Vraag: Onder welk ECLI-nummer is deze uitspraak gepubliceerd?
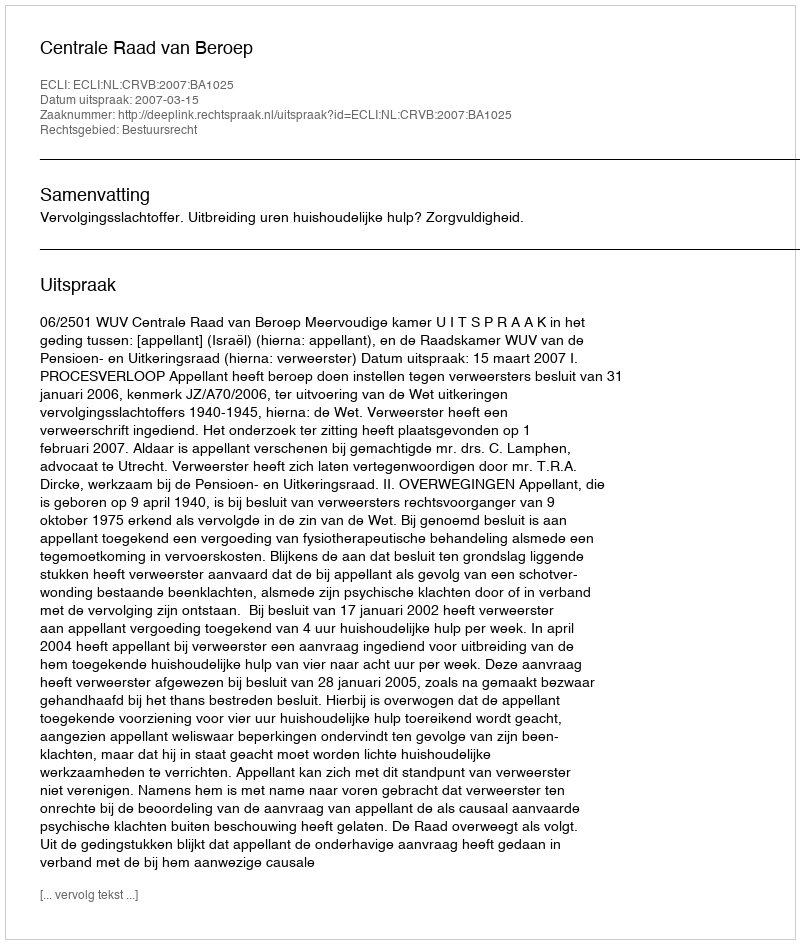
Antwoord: ECLI:NL:CRVB:2007:BA1025